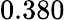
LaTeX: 0.380